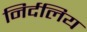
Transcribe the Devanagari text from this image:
निर्दलिय